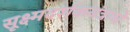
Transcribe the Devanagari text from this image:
सूक्ष्मदर्शकयंत्राचे